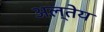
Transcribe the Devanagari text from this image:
अल्तेय